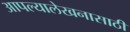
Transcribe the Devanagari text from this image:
आपल्यालेखनासाठी